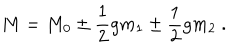
M = M _ { 0 } \pm { \frac { 1 } { 2 } } g m _ { 1 } \pm { \frac { 1 } { 2 } } g m _ { 2 } \ .